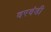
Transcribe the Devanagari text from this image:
वरवंडी